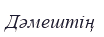
Дәмештің